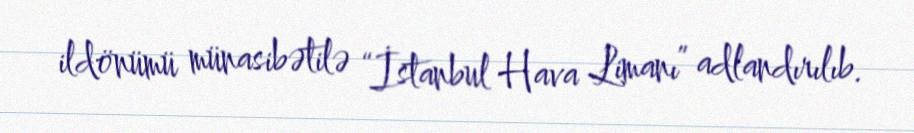
ildönümü münasibətilə “İstanbul Hava Limanı” adlandırılıb.